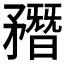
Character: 𥎑